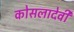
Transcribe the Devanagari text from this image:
कोसलादेवी